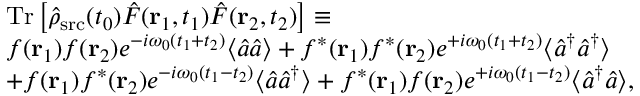
\begin{array} { r l } & { \mathrm { T r } \left[ \hat { \rho } _ { \mathrm { s r c } } ( t _ { 0 } ) \hat { F } ( { \bf r } _ { 1 } , t _ { 1 } ) \hat { F } ( { \bf r } _ { 2 } , t _ { 2 } ) \right] \equiv } \\ & { f ( { \bf r } _ { 1 } ) f ( { \bf r } _ { 2 } ) e ^ { - i \omega _ { 0 } ( t _ { 1 } + t _ { 2 } ) } \langle \hat { a } \hat { a } \rangle + f ^ { \ast } ( { \bf r } _ { 1 } ) f ^ { \ast } ( { \bf r } _ { 2 } ) e ^ { + i \omega _ { 0 } ( t _ { 1 } + t _ { 2 } ) } \langle \hat { a } ^ { \dagger } \hat { a } ^ { \dagger } \rangle } \\ & { + f ( { \bf r } _ { 1 } ) f ^ { \ast } ( { \bf r } _ { 2 } ) e ^ { - i \omega _ { 0 } ( t _ { 1 } - t _ { 2 } ) } \langle \hat { a } \hat { a } ^ { \dagger } \rangle + f ^ { \ast } ( { \bf r } _ { 1 } ) f ( { \bf r } _ { 2 } ) e ^ { + i \omega _ { 0 } ( t _ { 1 } - t _ { 2 } ) } \langle \hat { a } ^ { \dagger } \hat { a } \rangle , } \end{array}